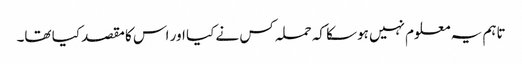
تاہم یہ معلوم نہیں ہوسکا کہ حملہ کس نے کیا اور اس کا مقصد کیا تھا۔